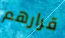
قرارهم